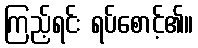
ကြည့်ရင်း ရပ်စောင့်၏။